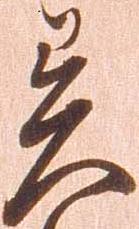
異